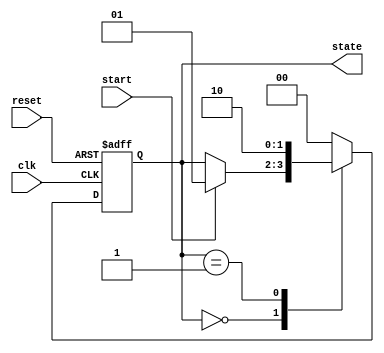
module fsm_example (
    input wire clk,       // Clock input
    input wire reset,     // Asynchronous reset input
    input wire start,     // Input signal to start the FSM
    output reg [1:0] state // 2-bit state output
);

// State encoding
localparam IDLE = 2'b00,
           RUNNING = 2'b01,
           DONE = 2'b10;

// Sequential logic to handle state transitions
always @(posedge clk or posedge reset) begin
    if (reset) begin
        state <= IDLE; // Reset state to IDLE
    end else begin
        case (state)
            IDLE: begin
                if (start) begin
                    state <= RUNNING; // Transition to RUNNING state
                end
            end
            RUNNING: begin
                // Logic for RUNNING state
                // For example, after some condition, transition to DONE
                state <= DONE; // Transition to DONE state
            end
            DONE: begin
                // Logic for DONE state
                // Optionally return to IDLE after completion
                state <= IDLE; // Transition back to IDLE
            end
            default: state <= IDLE; // Default case to handle unexpected states
        endcase
    end
end

endmodule